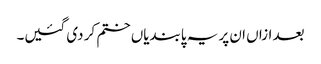
بعد ازاں ان پر یہ پابندیاں ختم کر دی گئیں۔